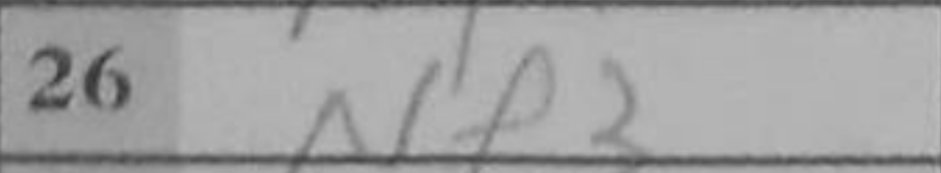
Transcription: Nf3